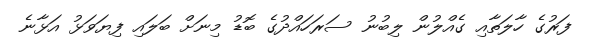
ފަރުގެ ހާލަތާއި ގެއްލުން ލިބުނު ސަރަހައްދުގެ ބޮޑު މިނަށް ބަލައި ފިޔަވަޅު އަޅާނެ